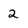
Character: 2